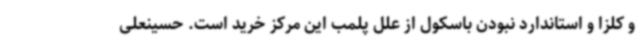
و کلزا و استاندارد نبودن باسکول از علل پلمب این مرکز خرید است. حسینعلی